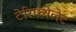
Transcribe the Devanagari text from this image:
टेरिफ्थेलेट